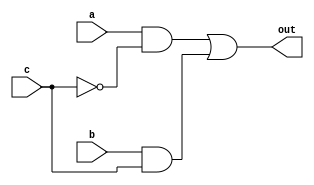
module Multiplexer(
  input wire a,
  input wire b,
  input wire c,
  output wire out
);

  // Invert control input
  not(c_prime, c);

  // Compute products
  and(left, a, c_prime);
  and(right, b, c);

  // Compute sum
  or(out, left, right);

endmodule // Multiplexer



module MultiplexerTest;

  reg a;
  reg b;
  reg c;
  wire out;

  Multiplexer multiplexer(a, b, c, out);

  initial begin
    $monitor("a = %d, b = %d, c = %d, out = %d", a, b, c, out);
    a = 0; b = 0; c = 0;
    #20; a = 0; b = 0; c = 1;
    #20; a = 0; b = 1; c = 0;
    #20; a = 0; b = 1; c = 1;
    #20; a = 1; b = 0; c = 0;
    #20; a = 1; b = 0; c = 1;
    #20; a = 1; b = 1; c = 0;
    #20; a = 1; b = 1; c = 1;
  end

endmodule // MultiplexerTest